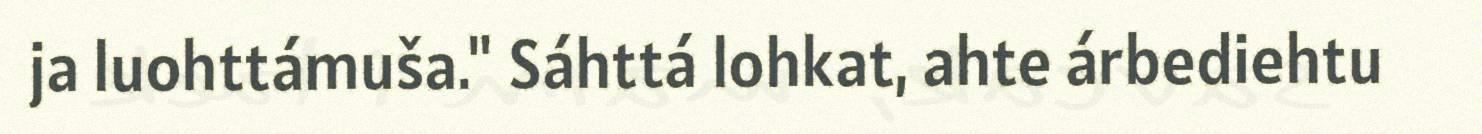
ja luohttámuša." Sáhttá lohkat, ahte árbediehtu